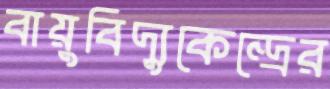
বায়ুবিদ্যুকেন্দ্রের